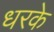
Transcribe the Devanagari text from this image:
धरके